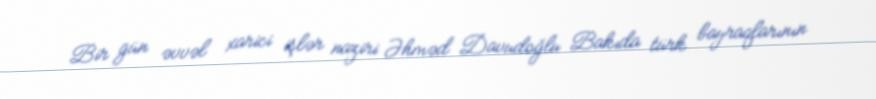
Bir gün əvvəl xarici işlər naziri Əhməd Davudoğlu Bakıda türk bayraqlarının